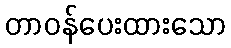
တာဝန်ပေးထားသော